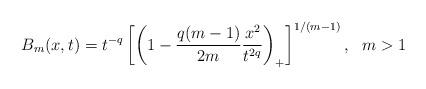
LaTeX: \begin{align*} B_m(x,t) = t^{-q} \left[ \left( 1 - \frac{q(m-1)}{2m} \frac{x^2}{t^{2q}} \right)_+ \right]^{1/(m-1)},~~m>1\end{align*}